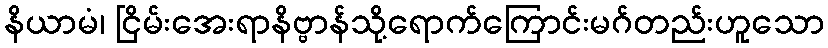
နိယာမံ၊ ငြိမ်းအေးရာနိဗ္ဗာန်သို့ရောက်ကြောင်းမဂ်တည်းဟူသော